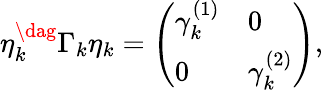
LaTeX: \begin{array}{r}{\eta_{k}^{\dag}\Gamma_{k}\eta_{k}=\left(\begin{array}{ll}{\gamma_{k}^{(1)}}&{0}\\ {0}&{\gamma_{k}^{(2)}}\end{array}\right),}\end{array}